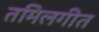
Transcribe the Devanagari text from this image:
तमिलगीत